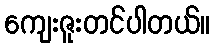
ကျေးဇူးတင်ပါတယ်။